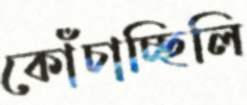
কোঁচাচ্ছিলি